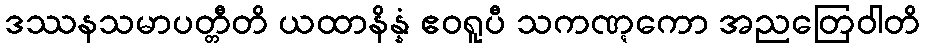
ဒဿနသမာပတ္တီတိ ယထာနိန္နံ ဧဝရူပီ သကဏ္ဋကော အညတြေဝါတိ